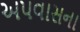
અપવાસના